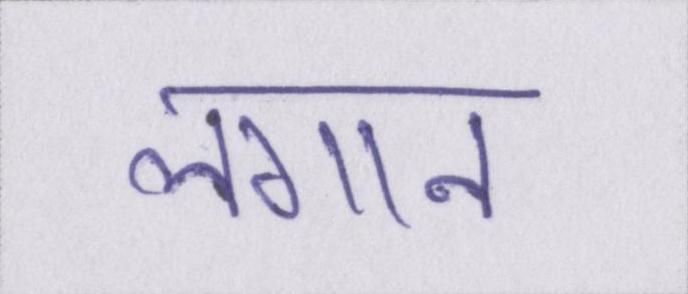
लगान